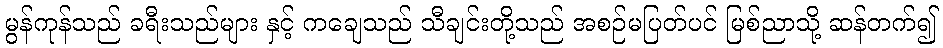
မွန်ကုန်သည် ခရီးသည်များ နှင့် ကချေသည် သီချင်းတို့သည် အစဉ်မပြတ်ပင် မြစ်ညာသို့ ဆန်တက်၍